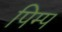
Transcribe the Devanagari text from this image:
पिम्प